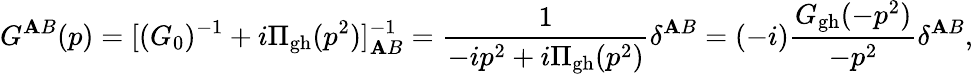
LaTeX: G^{\mathbf{A}B}(p)=[(G_{0})^{-1}+i\Pi_{\mathrm{{gh}}}(p^{2})]_{\mathbf{A}B}^{-1}={\frac{{1}}{{-ip^{2}+i\Pi_{\mathrm{{gh}}}(p^{2})}}}\delta^{\mathbf{A}B}=(-i){\frac{{G_{\mathrm{{gh}}}(-p^{2})}}{{-p^{2}}}}\delta^{\mathbf{A}B},